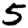
Digit: 5